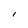
Character: l